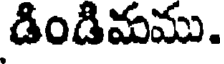
డిండిమము.